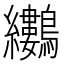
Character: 𪈜